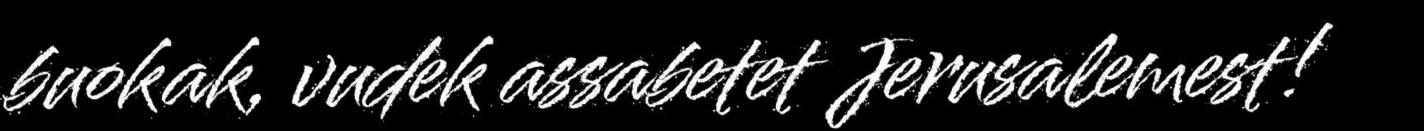
buokak, vudek assabetet Jerusalemest!